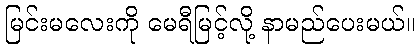
မြင်းမလေးကို မေရီမြင့်လို့ နာမည်ပေးမယ်။